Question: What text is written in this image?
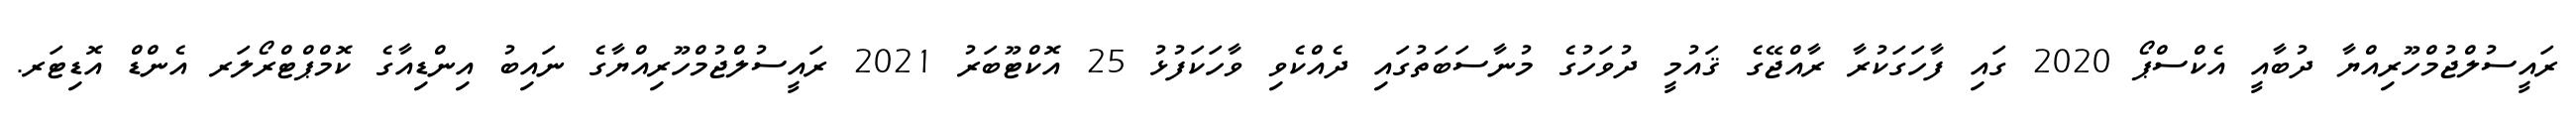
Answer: ރައީސުލްޖުމްހޫރިއްޔާ ދުބާއީ އެކްސްޕޯ 2020 ގައި ފާހަގަކުރާ ރާއްޖޭގެ ޤައުމީ ދުވަހުގެ މުނާސަބަތުގައި ދެއްކެވި ވާހަކަފުޅު 25 އޮކްޓޫބަރު 2021 ރައީސުލްޖުމްހޫރިއްޔާގެ ނައިބު އިންޑިއާގެ ކޮމްޕްޓްރޯލަރ އެންޑް އޮޑިޓަރ.